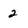
Character: 2